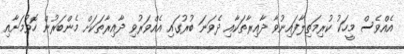
އެއްވެސް މީހަކު ކުރިމަތިލާފައިނުވާ ދާއިރާތަކާއި ދެވަނަ ބުރުގައި އެއްވަރުވި ދާއިރާތަކަށް މެންބަރުން ހޮވުމަށާއި